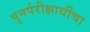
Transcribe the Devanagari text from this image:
पुनर्परीक्षार्थीचा